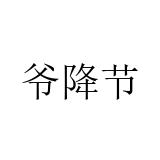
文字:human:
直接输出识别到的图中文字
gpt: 爷降节